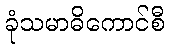
ခုံသမာဓိကောင်စီ